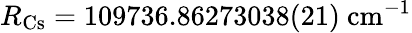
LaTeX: R_{\mathrm{Cs}}=109736.86273038(21)~\mathrm{cm}^{-1}